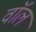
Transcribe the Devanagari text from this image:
वाॅल